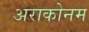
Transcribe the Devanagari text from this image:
अराकोनम